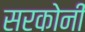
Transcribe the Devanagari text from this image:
सरकोनी